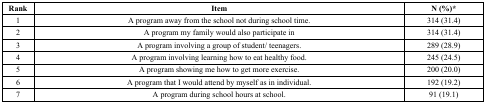
<table><thead><tr><td><b>Rank</b></td><td><b>Item</b></td><td><b>N (%)*</b></td></tr></thead><tbody><tr><td>1</td><td>A program away from the school not during school time.</td><td>314 (31.4)</td></tr><tr><td>2</td><td>A program my family would also participate in</td><td>314 (31.4)</td></tr><tr><td>3</td><td>A program involving a group of student/ teenagers.</td><td>289 (28.9)</td></tr><tr><td>4</td><td>A program involving learning how to eat healthy food.</td><td>245 (24.5)</td></tr><tr><td>5</td><td>A program showing me how to get more exercise.</td><td>200 (20.0)</td></tr><tr><td>6</td><td>A program that I would attend by myself as in individual.</td><td>192 (19.2)</td></tr><tr><td>7</td><td>A program during school hours at school.</td><td>91 (19.1)</td></tr></tbody></table>